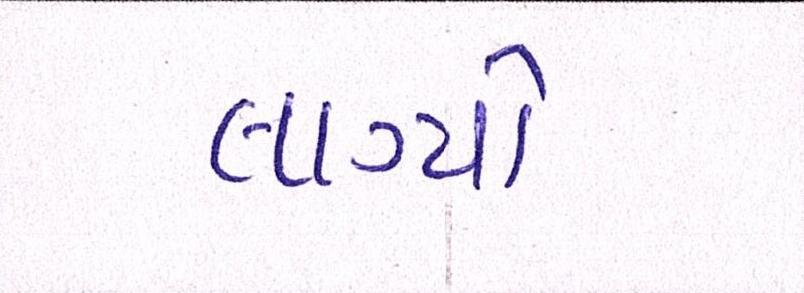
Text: લાગ્યો